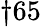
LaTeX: \dagger 65